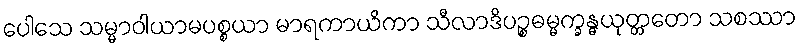
ပေါသေ သမ္မာဝါယာမပစ္စယာ မာရကာယိကာ သီလာဒိပဉ္စဓမ္မက္ခန္ဓယုတ္တတော သစဿာ